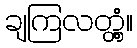
ချကြလတ္တံ့။